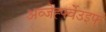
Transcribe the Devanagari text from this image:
अव्जेर्ह्फ्वेउइर्फ्